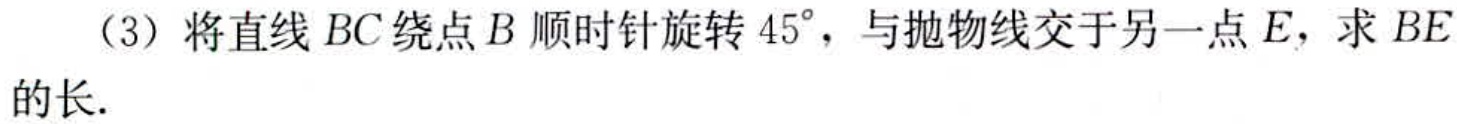
（3）将直线 \(BC\) 绕点 \(B\) 顺时针旋转 \(45^{\circ}\)，与抛物线交于另一点 \(E\)，求 \(BE\)的长.